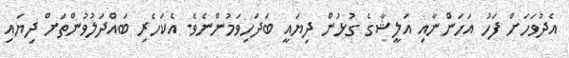
އެދުވަހަށް ފަހު އަހަންނާއި އަލީޝާގެ ގުޅުން ދިޔައީ ބަދަހިވަމުންނެވެ. އެކަހެރި ބައްދަލުވުންތަށް ދިޔައި